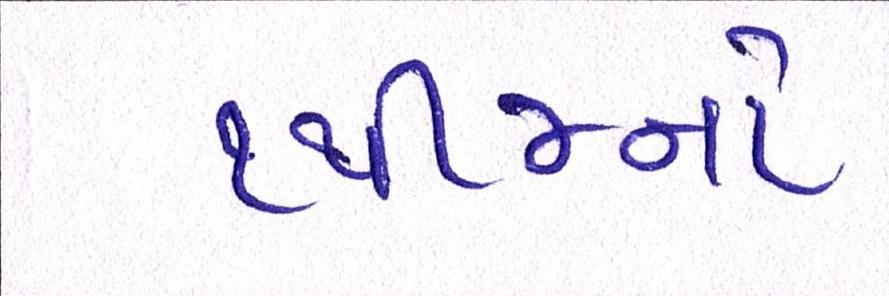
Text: ૧થી૪નો